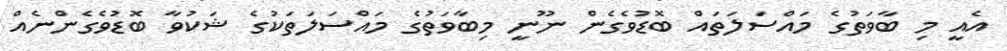
އެއީ މި ބާވަތުގެ މައްސަލަތައް ބޮޑުވެގެން ނޫނީ މިބާވަތުގެ މައްސަލަތަކުގެ ޝަކުވާ ބޮޑުވެގެންނެއް